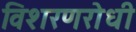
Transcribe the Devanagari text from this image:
विशरणरोधी